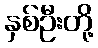
နှစ်ဦးတို့